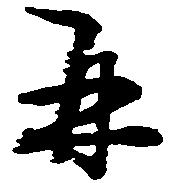
并